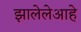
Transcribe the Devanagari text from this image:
झालेलेआहे